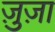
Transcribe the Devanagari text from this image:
ज़ुज़ा